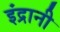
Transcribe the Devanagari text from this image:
इंद्रानी